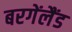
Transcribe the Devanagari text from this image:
बरगेंलैंड